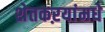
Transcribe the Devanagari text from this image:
शेतकऱयांमधे